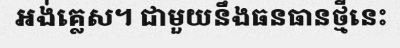
អង់គ្លេស។ ជាមួយនឹងធនធានថ្មីនេះ